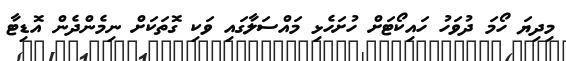
މިދިޔަ ހޯމަ ދުވަހު ހައިކޯޓަށް ހުށަހެޅި މައްސަލާގައި ވަކި ގޮތަކަށް ނިމެންދެން އޮޑިޓާ